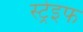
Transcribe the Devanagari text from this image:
स्ट्रेइफ